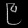
Digit: ၉